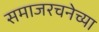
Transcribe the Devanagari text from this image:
समाजरचनेच्या